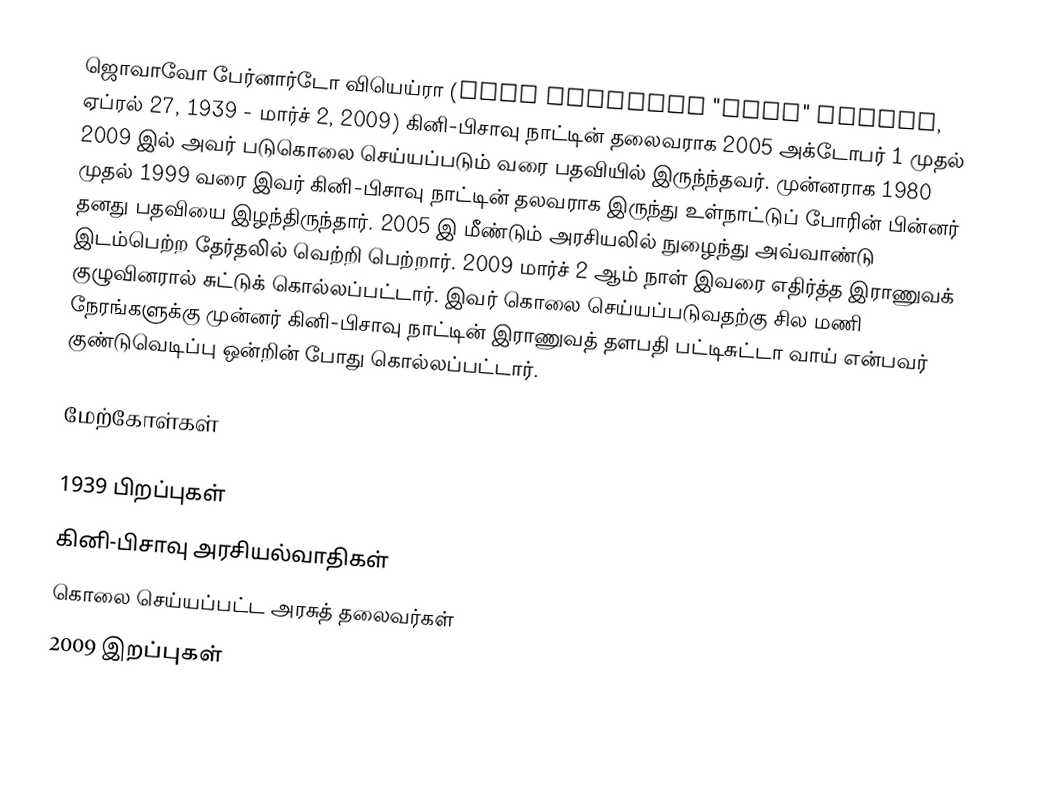
ஜொவாவோ பேர்னார்டோ வியெய்ரா (João Bernardo "Nino" Vieira, ஏப்ரல் 27, 1939 - மார்ச் 2, 2009) கினி-பிசாவு நாட்டின் தலைவராக 2005 அக்டோபர் 1 முதல் 2009 இல் அவர் படுகொலை செய்யப்படும் வரை பதவியில் இருந்ந்தவர். முன்னராக 1980 முதல் 1999 வரை இவர் கினி-பிசாவு நாட்டின் தலவராக இருந்து உள்நாட்டுப் போரின் பின்னர் தனது பதவியை இழந்திருந்தார். 2005 இ மீண்டும் அரசியலில் நுழைந்து அவ்வாண்டு இடம்பெற்ற தேர்தலில் வெற்றி பெற்றார். 2009 மார்ச் 2 ஆம் நாள் இவரை எதிர்த்த இராணுவக் குழுவினரால் சுட்டுக் கொல்லப்பட்டார். இவர் கொலை செய்யப்படுவதற்கு சில மணி நேரங்களுக்கு முன்னர் கினி-பிசாவு நாட்டின் இராணுவத் தளபதி பட்டிசுட்டா வாய் என்பவர் குண்டுவெடிப்பு ஒன்றின் போது கொல்லப்பட்டார்.

மேற்கோள்கள்

1939 பிறப்புகள்
கினி-பிசாவு அரசியல்வாதிகள்
கொலை செய்யப்பட்ட அரசுத் தலைவர்கள்
2009 இறப்புகள்